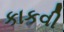
કાકવી